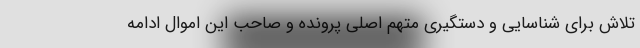
تلاش برای شناسایی و دستگیری متهم اصلی پرونده و صاحب این اموال ادامه